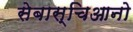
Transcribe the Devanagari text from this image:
सेबास्चिआनो